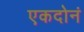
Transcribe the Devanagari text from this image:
एकदोनं